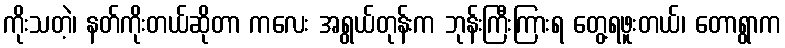
ကိုးသတဲ့၊ နတ်ကိုးတယ်ဆိုတာ ကလေး အရွယ်တုန်းက ဘုန်းကြီးကြားရ တွေ့ရဖူးတယ်၊ တောရွာက